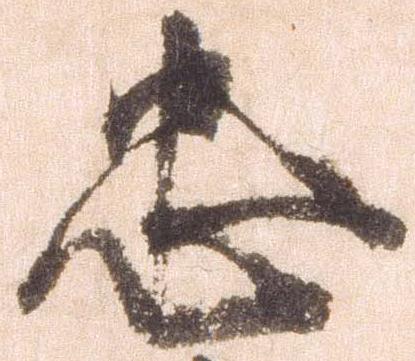
忠